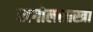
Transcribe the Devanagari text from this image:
खगोलशास्त्रा